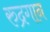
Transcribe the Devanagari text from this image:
रुद्रगान